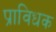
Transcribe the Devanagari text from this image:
प्राविधक